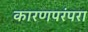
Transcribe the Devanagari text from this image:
कारणपरंपरा